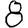
Digit: 8